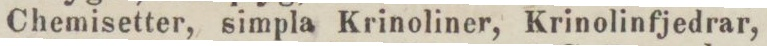
Chemisetter, simpla Krinoliner, Krinolinfjedrar,